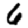
Digit: 6